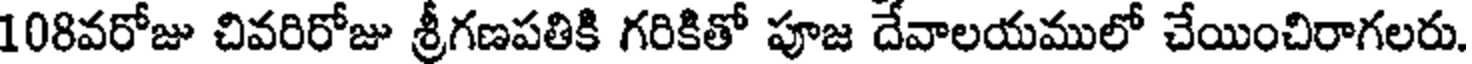
108వరోజు చివరిరోజు శ్రీగణపతికి గరికితో పూజ దేవాలయములో చేయించిరాగలరు